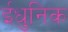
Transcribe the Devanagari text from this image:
ईधुनिक